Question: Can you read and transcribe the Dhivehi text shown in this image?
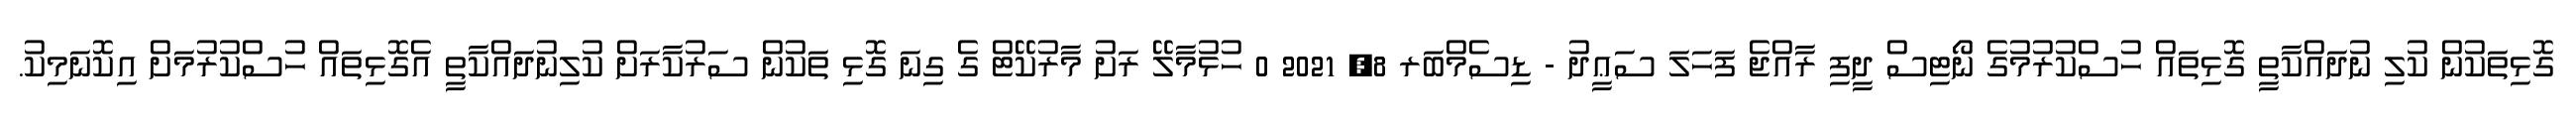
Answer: ގޮޅިތަކުން ކުލި ނުދައްކާތީ ގޮޅިތައް ހުސްކުރުމުގެ ނޯޓިސް ދީފި ރާއްޖެ ފަހަލަ ސަޢީދު - ޑިސެމްބަރ 8, 2021 0 ހުޅުމާލޭ ރަށު މާރުކޭޓް ގެ ގިނަ ގޮޅި ތަކުން ސަރުކާރަށް ކުލިނުދައްކާތީ އެގޮޅިތައް ހުސްކުރުމަށް އިކޮނަމިކު.